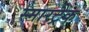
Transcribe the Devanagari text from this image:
स्मारट्रैक